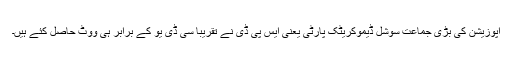
اپوزيشن کی بڑی جماعت سوشل ڈيموکريٹک پارٹی يعنی ايس پی ڈی نے تقريباً سی ڈی يو کے برابر ہی ووٹ حاصل کئے ہيں۔